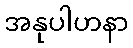
အနုပါဟနာ